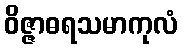
ဝိဇ္ဇာဓရသမာကုလံ